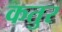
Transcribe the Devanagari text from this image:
कतुर